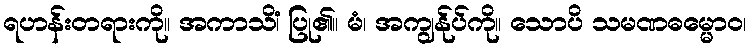
ရဟန်းတရားကို။ အကာသိံ၊ ပြု၏။ မံ၊ အကျွန်ုပ်ကို။ သောပိ သမဏဓမ္မောဝ၊